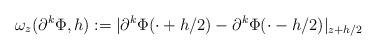
LaTeX: \begin{align*} \omega_z(\partial^k\Phi,h) := |\partial^k\Phi(\cdot+h/2)-\partial^k\Phi(\cdot-h/2)|_{z+h/2}\end{align*}